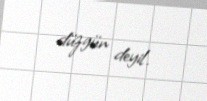
düzgün deyil.